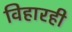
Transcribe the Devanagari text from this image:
विहारही